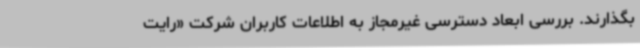
بگذارند. بررسی ابعاد دسترسی غیرمجاز به اطلاعات کاربران شرکت «رایت